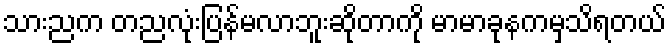
သားညက တညလုံးပြန်မလာဘူးဆိုတာကို မာမာခုနကမှသိရတယ်